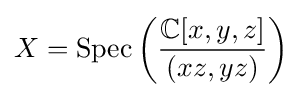
X={\text{Spec}}\left({\frac {\mathbb {C} [x,y,z]}{(xz,yz)}}\right)